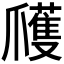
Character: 𭶹